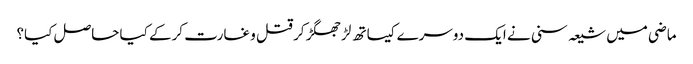
ماضی میں شیعہ سنی نے ایک دوسرے کیساتھ لڑ جھگڑ کر قتل و غارت کرکے کیا حاصل کیا؟